Civil Veterinary Department Bengal reports 1933-51 - 1933-1951
Year: 1933
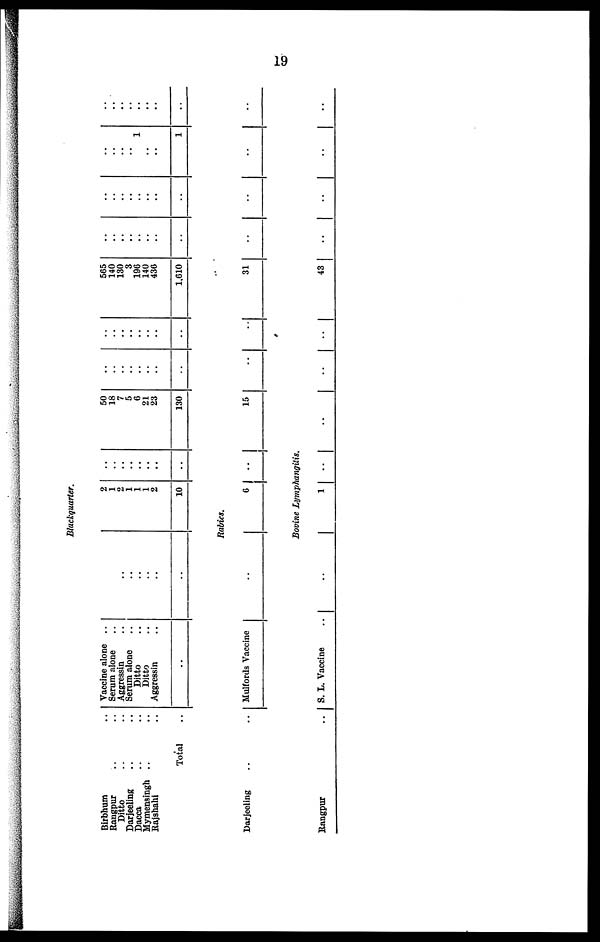
19
Blackquarter.
Birbhum ..
Rangpur .. ..
Ditto .. ..
Darjeeling .. ..
Dacca .. ..
Mymensingh .. ..
Rajshahi ..
Total ..
Vaccine alone ..
Serum alone ..
Aggressin ..
Serum alone ..
Ditto ..
Ditto ..
Aggressin ..
..
..
..
..
..
..
..
..
2
1
2
1
1
1
2
10
..
..
..
..
..
..
..
..
50
18
7
5
6
21
23
130
..
..
..
..
..
..
..
..
..
..
..
..
..
..
..
..
565
140
130
3
196
140
436
1,610
..
..
..
..
..
..
..
..
..
..
..
..
..
..
..
..
..
..
..
..
1
..
..
1
..
..
..
..
..
..
..
..
Rabies.
Darjeeling .. ..
Mulfords Vaccine ..
6 ..
15 ..
..
31 ..
..
..
..
Bovine Lymphangitis.
Rangpur
.. S. L. Vaccine ..
..
1 ..
..
..
..
43
..
..
..
..